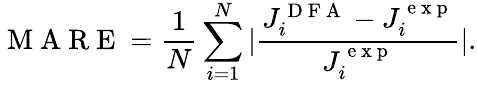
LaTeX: \mathrm{~M~A~R~E~}=\frac{1}{N}\sum_{i=1}^{N}|\frac{J_{i}^{\mathrm{~D~F~A~}}-J_{i}^{\mathrm{~e~x~p~}}}{J_{i}^{\mathrm{~e~x~p~}}}|.